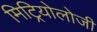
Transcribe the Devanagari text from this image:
मिट्रियोलोजी